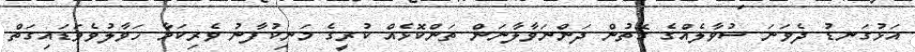
އަޅުގަނޑު ދެވަނަ ސުވާލެއްގެ ގޮތުން ދަންނަވާލާނަން ތަންކޮޅެއް ކުރީގެ މަނިކުފާނު ވެރިކަމާ ހަވާލުވެވަޑައިގަތް